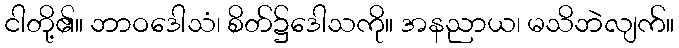
ငါတို့၏။ ဘာဝဒေါသံ၊ စိတ်၌ဒေါသကို။ အနညာယ၊ မသိဘဲလျက်။